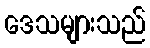
ဒေသများသည်